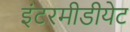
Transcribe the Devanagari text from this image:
इंटरमीडीयेट